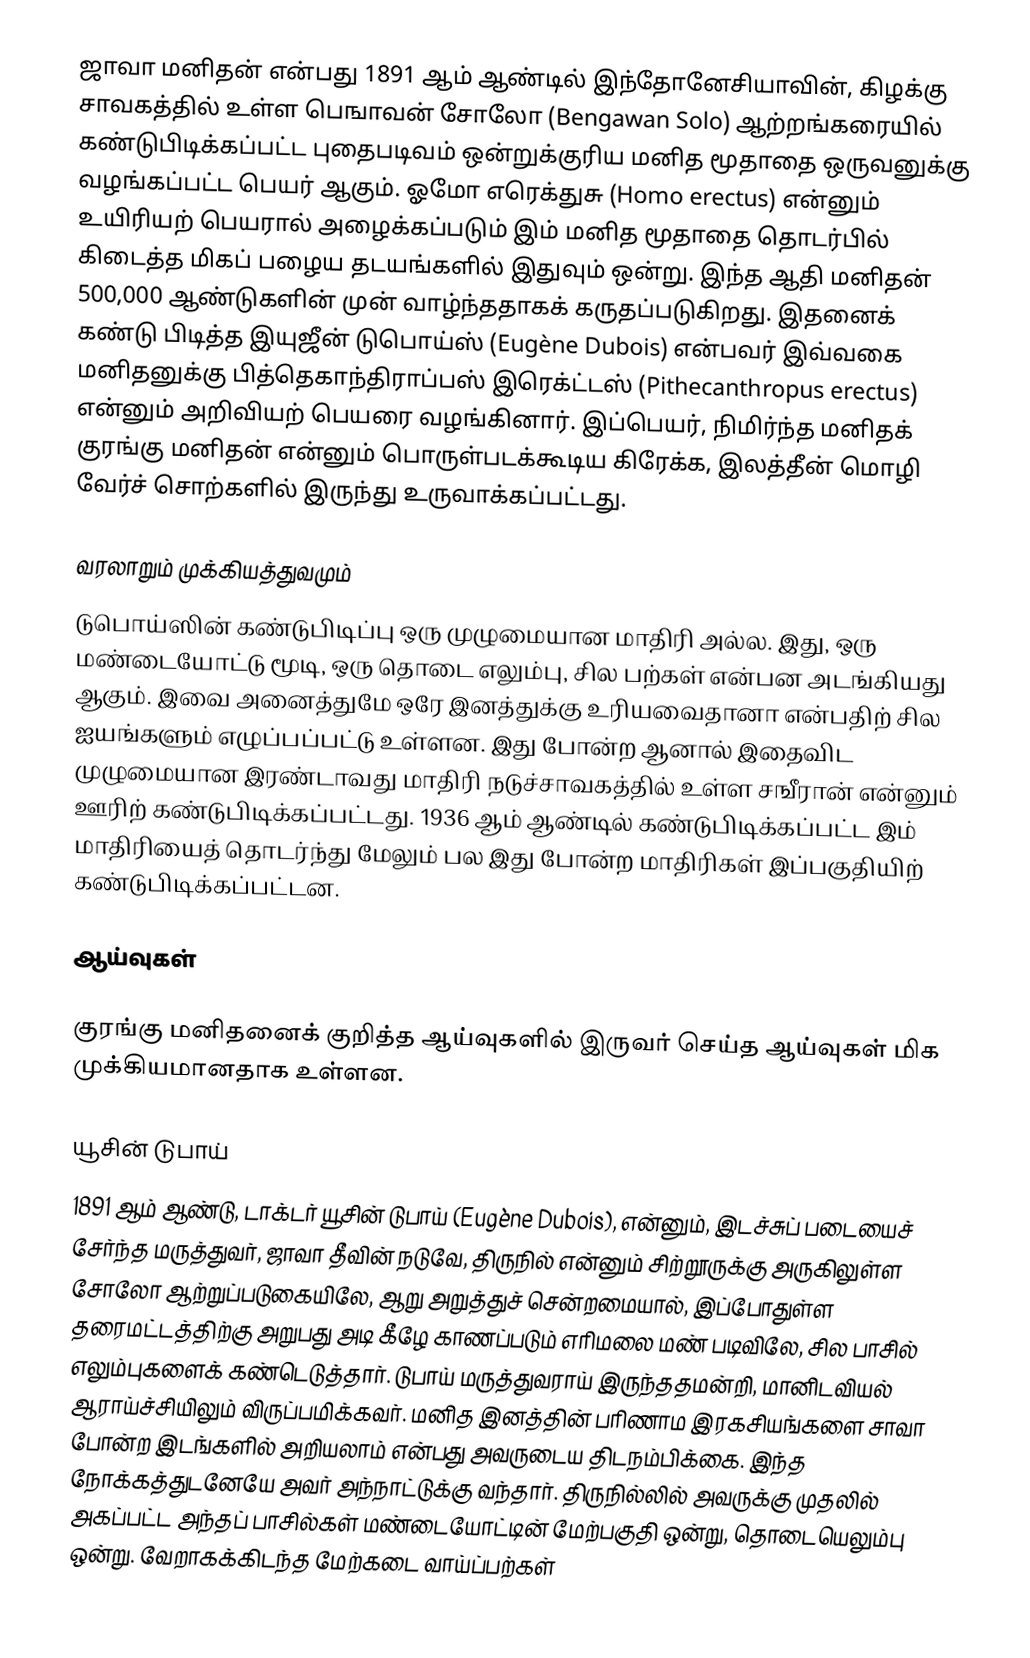
ஜாவா மனிதன் என்பது 1891 ஆம் ஆண்டில் இந்தோனேசியாவின், கிழக்கு சாவகத்தில் உள்ள பெஙாவன் சோலோ (Bengawan Solo) ஆற்றங்கரையில் கண்டுபிடிக்கப்பட்ட புதைபடிவம் ஒன்றுக்குரிய மனித மூதாதை ஒருவனுக்கு வழங்கப்பட்ட பெயர் ஆகும். ஓமோ எரெக்துசு (Homo erectus) என்னும் உயிரியற் பெயரால் அழைக்கப்படும் இம் மனித மூதாதை தொடர்பில் கிடைத்த மிகப் பழைய தடயங்களில் இதுவும் ஒன்று. இந்த ஆதி மனிதன் 500,000 ஆண்டுகளின் முன் வாழ்ந்ததாகக் கருதப்படுகிறது. இதனைக் கண்டு பிடித்த இயுஜீன் டுபொய்ஸ் (Eugène Dubois) என்பவர் இவ்வகை மனிதனுக்கு பித்தெகாந்திராப்பஸ் இரெக்ட்டஸ் (Pithecanthropus erectus) என்னும் அறிவியற் பெயரை வழங்கினார். இப்பெயர், நிமிர்ந்த மனிதக் குரங்கு மனிதன் என்னும் பொருள்படக்கூடிய கிரேக்க, இலத்தீன் மொழி வேர்ச் சொற்களில் இருந்து உருவாக்கப்பட்டது.

வரலாறும் முக்கியத்துவமும்
டுபொய்ஸின் கண்டுபிடிப்பு ஒரு முழுமையான மாதிரி அல்ல. இது, ஒரு மண்டையோட்டு மூடி, ஒரு தொடை எலும்பு, சில பற்கள் என்பன அடங்கியது ஆகும். இவை அனைத்துமே ஒரே இனத்துக்கு உரியவைதானா என்பதிற் சில ஐயங்களும் எழுப்பப்பட்டு உள்ளன. இது போன்ற ஆனால் இதைவிட முழுமையான இரண்டாவது மாதிரி நடுச்சாவகத்தில் உள்ள சஙீரான் என்னும் ஊரிற் கண்டுபிடிக்கப்பட்டது. 1936 ஆம் ஆண்டில் கண்டுபிடிக்கப்பட்ட இம் மாதிரியைத் தொடர்ந்து மேலும் பல இது போன்ற மாதிரிகள் இப்பகுதியிற் கண்டுபிடிக்கப்பட்டன.

ஆய்வுகள்

குரங்கு மனிதனைக் குறித்த ஆய்வுகளில் இருவர் செய்த ஆய்வுகள் மிக முக்கியமானதாக உள்ளன.

யூசின் டுபாய்
1891 ஆம் ஆண்டு, டாக்டர் யூசின் டுபாய் (Eugène Dubois), என்னும், இடச்சுப் படையைச் சேர்ந்த மருத்துவர், ஜாவா தீவின் நடுவே, திருநில் என்னும் சிற்றூருக்கு அருகிலுள்ள சோலோ ஆற்றுப்படுகையிலே, ஆறு அறுத்துச் சென்றமையால், இப்போதுள்ள தரைமட்டத்திற்கு அறுபது அடி கீழே காணப்படும் எரிமலை மண் படிவிலே, சில பாசில் எலும்புகளைக் கண்டெடுத்தார். டுபாய் மருத்துவராய் இருந்ததமன்றி, மானிடவியல் ஆராய்ச்சியிலும் விருப்பமிக்கவர். மனித இனத்தின் பரிணாம இரகசியங்களை சாவா போன்ற இடங்களில் அறியலாம் என்பது அவருடைய திடநம்பிக்கை. இந்த நோக்கத்துடனேயே அவர் அந்நாட்டுக்கு வந்தார். திருநில்லில் அவருக்கு முதலில் அகப்பட்ட அந்தப் பாசில்கள் மண்டையோட்டின் மேற்பகுதி ஒன்று, தொடையெலும்பு ஒன்று. வேறாகக்கிடந்த மேற்கடை வாய்ப்பற்கள்